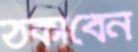
ঠকাবেন